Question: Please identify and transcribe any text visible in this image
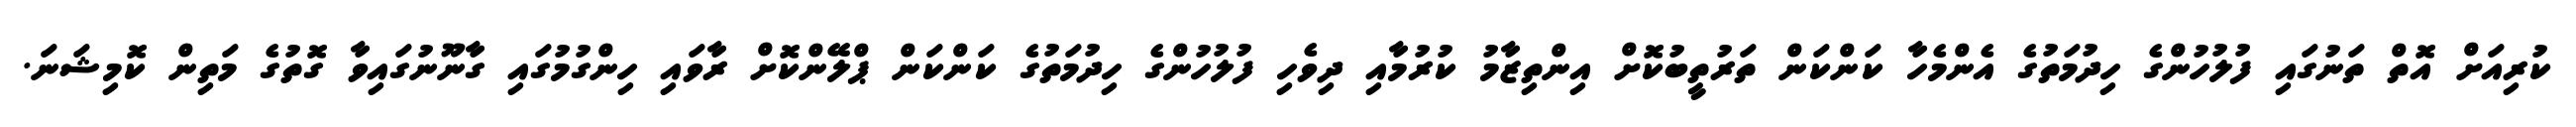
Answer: ކުރިއަށް އޮތް ތަނުގައި ފުލުހުންގެ ހިދުމަތުގެ އެންމެހާ ކަންކަން ތަރުތީބުކޮށް އިންތިޒާމު ކުރުމާއި ދިވެހި ފުލުހުންގެ ހިދުމަތުގެ ކަންކަން ޕްލޭންކޮށް ރާވައި ހިންގުމުގައި ގާނޫނުގައިވާ ގޮތުގެ މަތިން ކޮމިޝަނަ.